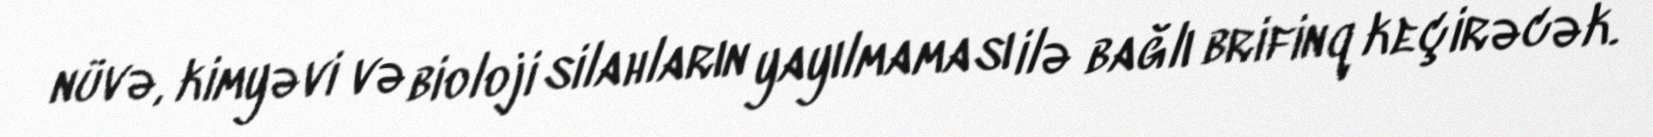
nüvə, kimyəvi və bioloji silahların yayılmaması ilə bağlı brifinq keçirəcək.